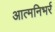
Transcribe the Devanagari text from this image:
आत्मनिभर्र